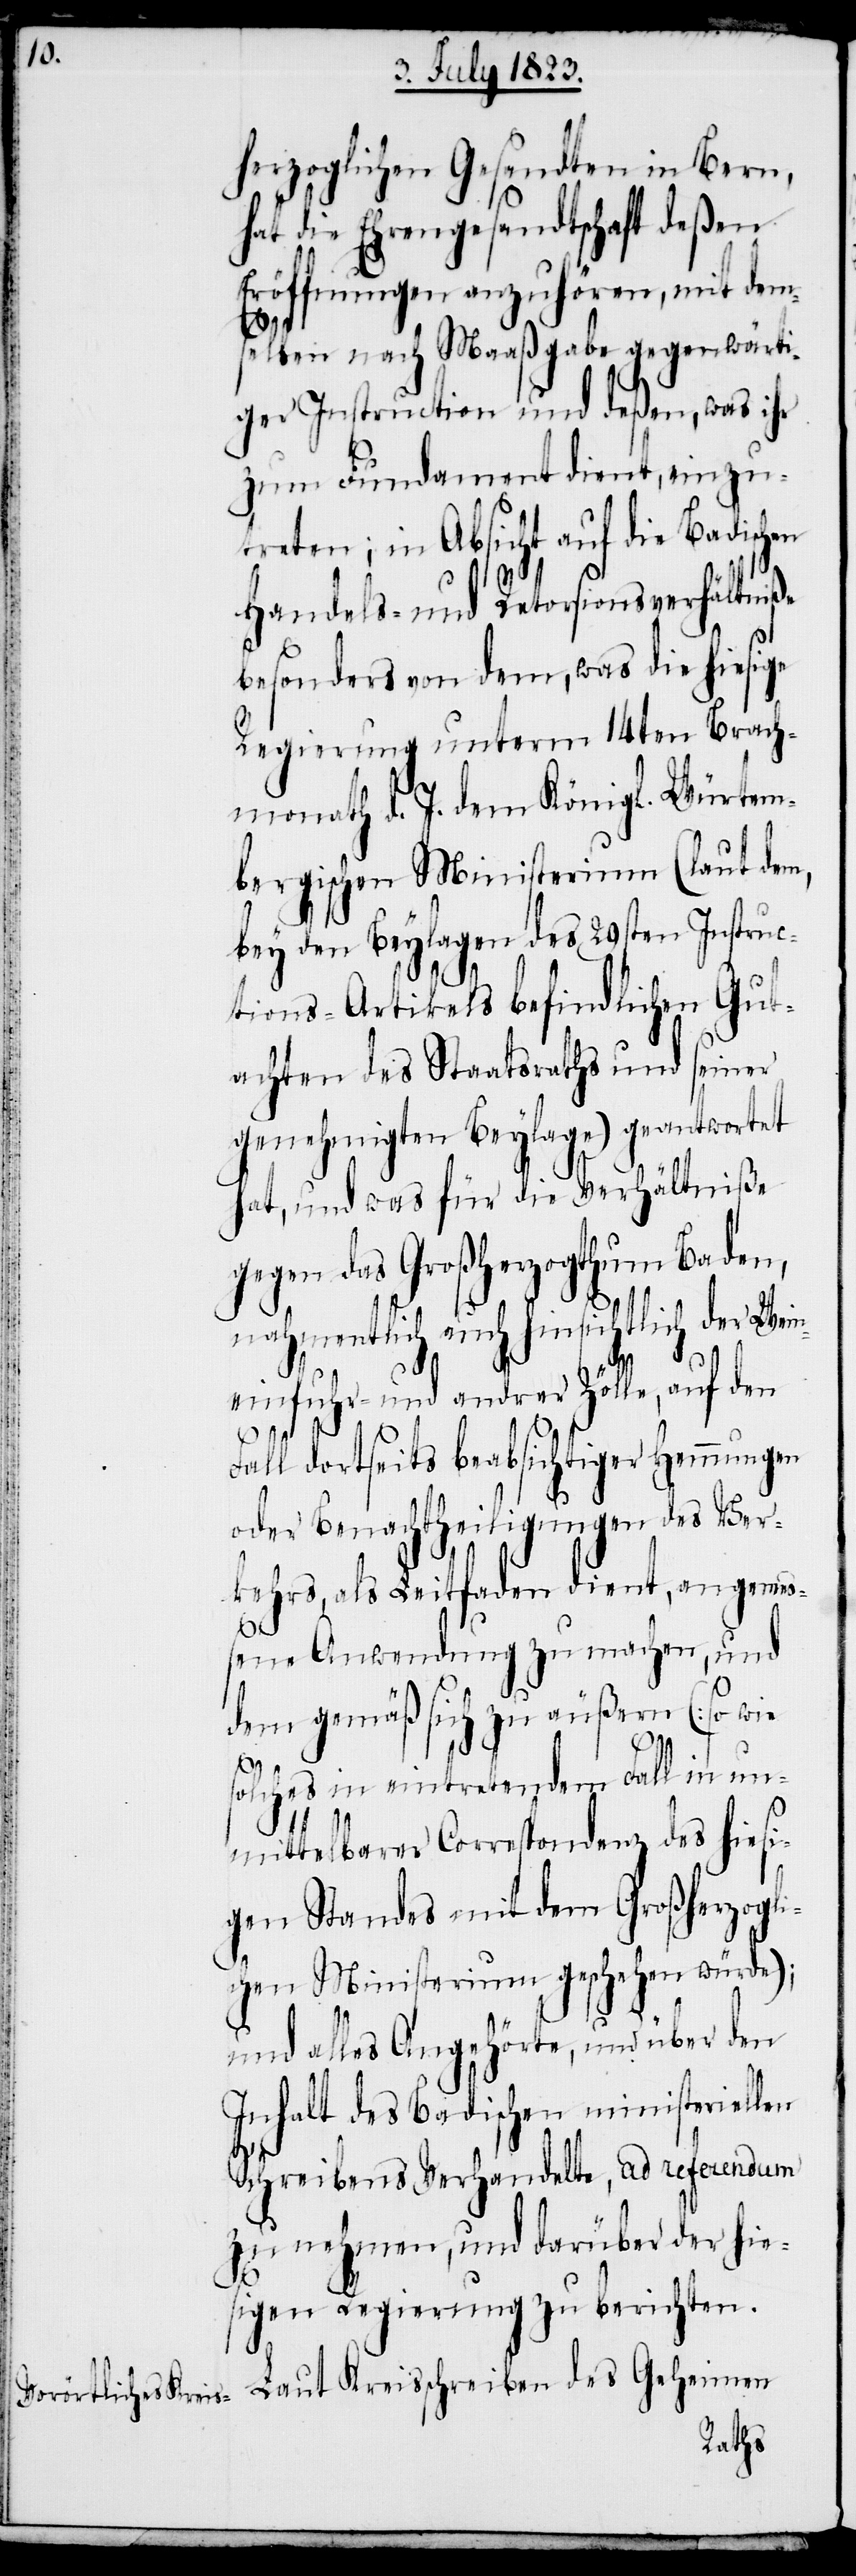
herzoglichen Gesandten in Bern,
hat die Ehrengesandtschaft deßen
Eröffnungen anzuhören, mit dem¬
selben nach Maaßgabe gegenwärti¬
ger Instruction und deßen, was ihr
zum Fundament dient, einzu¬
treten; in Absicht auf die Badischen
Handels- und Retorsionsverhältniße
besonders von dem, was die hiesige
Regierung unterm 14ten Brach¬
monath d. J. dem Königl. Würtem¬
bergischen Ministerium (laut dem,
bey den Beylagen des 29sten Instruc¬
tions-Artikels befindlichen Gut¬
achten des Staatsraths und seiner
genehmigten Beylage) geantwortet
hat, und was für die Verhältniße
gegen das Großherzogthum Baden,
nahmentlich auch hinsichtlich der Wein¬
einfuhr- und andrer Zölle, auf den
Fall dortseits beabsichtiger Hemmungen
oder Benachtheilungen des Ver¬
kehrs, als Leitfaden dient, angemeß¬
ene Anwendung zu machen, und
dem gemäß sich zu äußern (so wie
solches in eintretendem Fall in un¬
mittelbarer Correspondenz des hiesi¬
gen Standes mit dem Großherzogli¬
chen Ministerium geschehen würde);
und alles Angehörte, und über den
Inhalt des Badischen ministeriellen
Schreibens Verhandelte, ad referendum
zu nehmen, und darüber der hie¬
sigen Regierung zu berichten.
Laut Kreisschreiben des Geheimen